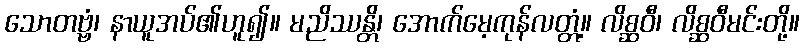
သောတဗ္ဗံ၊ နာယူအပ်၏ဟူ၍။ မညိဿန္တိ၊ အောက်မေ့ကုန်လတ္တံ့။ လိစ္ဆဝီ၊ လိစ္ဆဝီမင်းတို့။